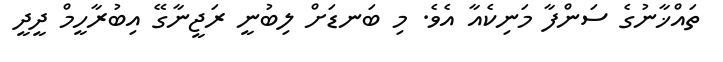
ތައްޚާނުގެ ސަންފާ މަނިކެއާ އެވެ. މި ބަނޑަށް ލިބުނީ ރަޖީނާގޭ އިބުރާހީމް ދީދީ